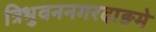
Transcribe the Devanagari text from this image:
त्रिभुवननगरदाङमे